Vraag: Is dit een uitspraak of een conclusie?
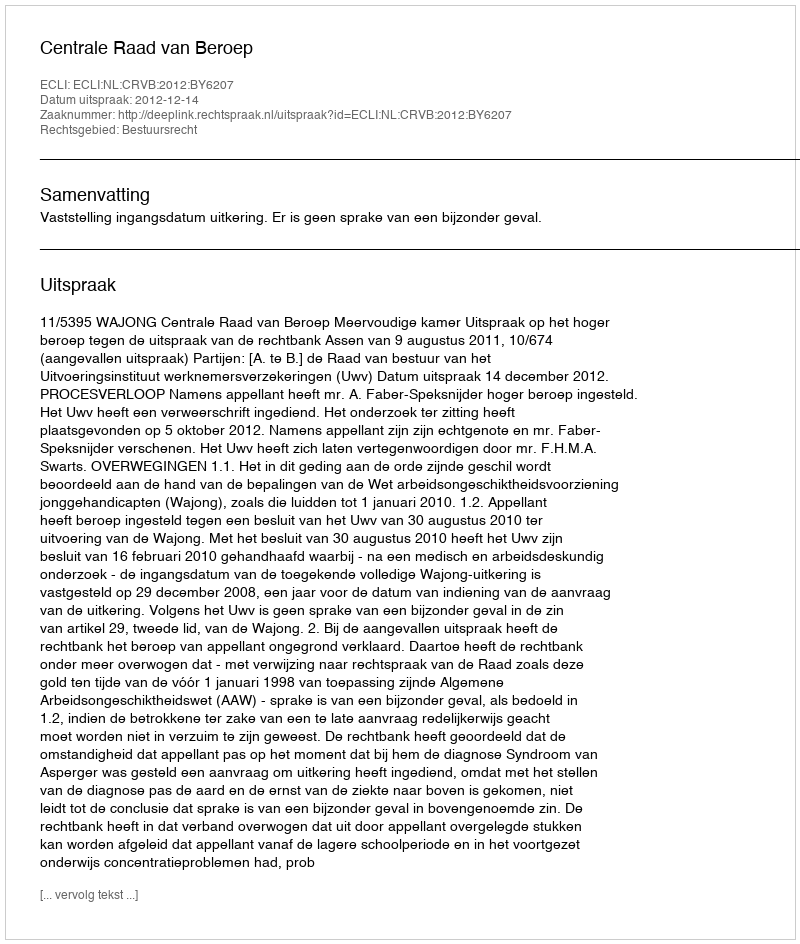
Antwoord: Uitspraak